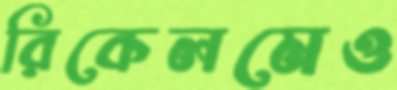
রিকেলমেও